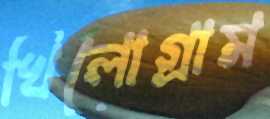
খিলোগ্রাম